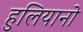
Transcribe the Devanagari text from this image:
हुलियानो